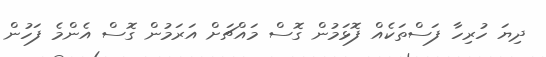
ދިޔަ ހުރިހާ ފަސްތަކެއް ފޮޅަމުން ގޮސް މައްޗަށް އަރަމުން ގޮސް އެންމެ ފަހުން